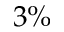
3 \%